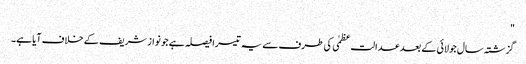
"
گزشتہ سال جولائی کے بعد عدالت عظمٰی کی طرف سے یہ تیسرا فیصلہ ہے جو نواز شریف کے خلاف آیا ہے۔